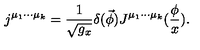
j ^ { \mu _ { 1 } \cdot \cdot \cdot \mu _ { k } } = \frac 1 { \sqrt { g _ { x } } } \delta ( \vec { \phi } ) J ^ { \mu _ { 1 } \cdot \cdot \cdot \mu _ { k } } ( \frac \phi x ) .